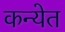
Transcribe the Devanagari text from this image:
कन्येत